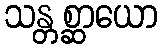
သန္တစ္ဆာယော